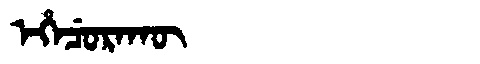
Manchu: ᡝᡥᡝᠴᡠᡵᠠᡴᡡ
Romanization: EHECURAKŪ